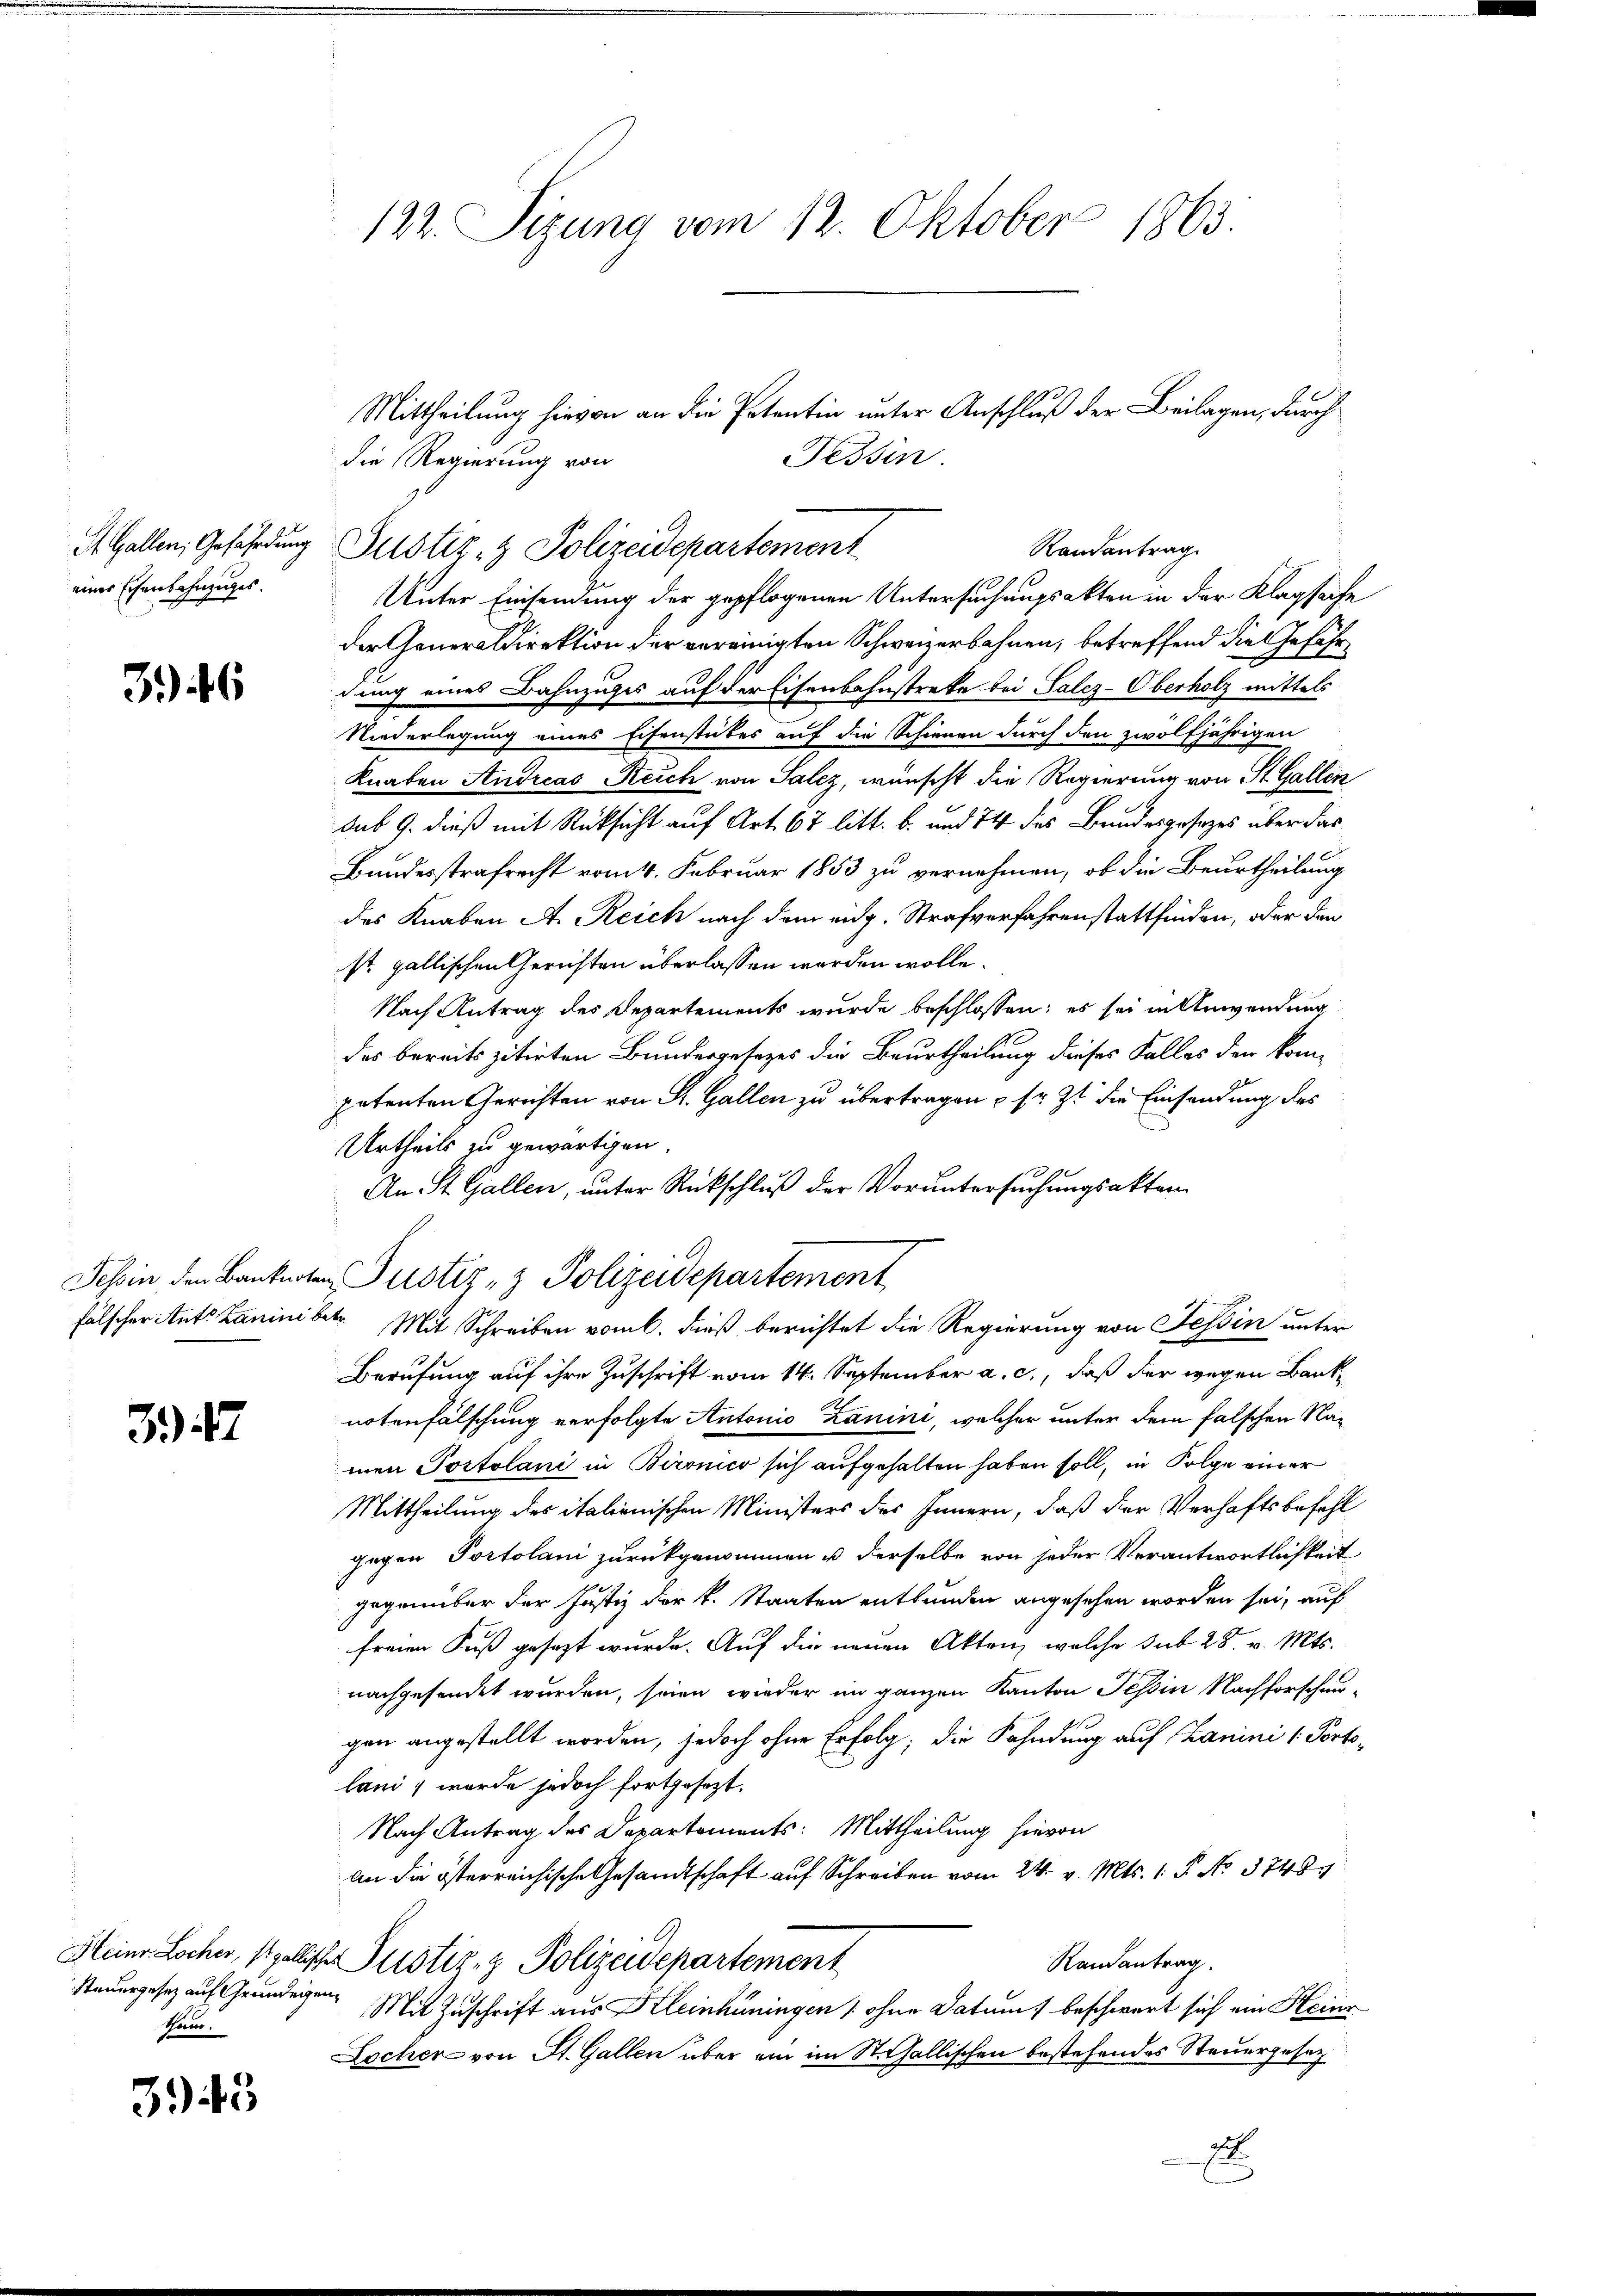
eines Eisenbahnzuges.

346

347

Steuergesez auf Grundeigen
Tor.

345

122. Sizung vom 12. Oktober 1863.

die Regierung von
St. Gallen, Gefährdung Justiz- & Polizeidepartement
Unter Einsendung der gepflogenen Untersuchungsakten in der Klagsache
der Generaldirektion der vereinigten Schweizerbahnen, betreffend die Gefährdung eines Bahnzuges auf der Eisenbahnstreke bei Salez-Oberholz mittels
Niederlegung eines Eisenstückes auf die Schienen durch den zwölfjährigen
Knaben Andreas Reich von Salz, wünscht die Regierung von St. Gallen
dus 9. dieß mit Rücksicht auf Art. 67 litt. b. und 74 des Bundesgesetzes über das
Bundesstrafrecht vom 4. Februar 1853 zu vernehmen, ob die Beurtheilung
des Knaben A. Reich nach dem eidg. Strafverfahrenstattfinden, oder den
st gallischen Gerichten überlassen werden wolle.
Nach Antrag des Departements wurde beschlossen; es sei in Anwendung
des bereits zitirten Bundergesezes die Beurtheilung dieses Falles den kompetenten Gerichten von St. Gallen zu übertragen & sr. Zt. die Einsendung des
Urtheils zu gewärtigen.
An St. Gallen, unter Rückschluß der Voruntersuchungsakten
Jehin den Banknoten Justiz- & Polizeidepartement
i
fälscher itete Lanini betr. Mit Schreiben vom 6. dieß, berichtet die Regierung von Tessin unter
Berufung auf ihre Zuschrift vom 14. September a. c., daß der wegen Banknotenfälschung verfolgte Antonio Zanini, welcher unter dem falschen Namen Portolani in Bironico sich aufgehalten haben soll, in Folge einer
Mittheilung des italienischen Ministers des Innern, daß der Verhaftsbefehl
gegen Portolani zurückgenommen u derselbe von jeder Verantwortlichkeit
gegenüber der Justiz der k. Staaten entbunden angesehen worden sei, auf
freien Fuß gesezt wurde. Auf die neuen Akten, welche sub 28. v. Mts.
nachgesendet wurden, seien wieder im ganzen Kanton Tessin Nachforschau-
gen angestellt worden, jedoch ohne Erfolg, die Fahndung auf Lanini 1. Portolani, wurde jedoch fortgesezt.
Nach Antrag des Departements: Mittheilung hievon
an die österreichische Gesandtschaft auf Schreiben vom 24. v. Mts. 1. P. No. 3748.
Heinr Locher, stgallischer Justiz- & Polizeidepartement
Randantrag.
Mit Zuschrift aus Kleinhüningen (ohne Datum) beschwert sich ein Heinr
Locher von St. Gallen über ein im St. Gallischen bestehendes Steuergesetz
2

Mittheilung hievon an die Petentin unter Anschluß der Beilagen, durch
Tessin.
Randantrag